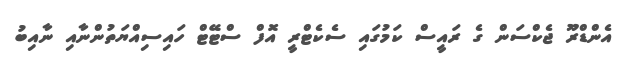
އެންޑްރޫ ޖެކްސަން ގެ ރައީސް ކަމުގައި ސެކެޓްރީ އޮފް ސްޓޭޓް ހައިސިއްޔަތުންނާއި ނާއިބު